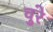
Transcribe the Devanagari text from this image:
वुरे